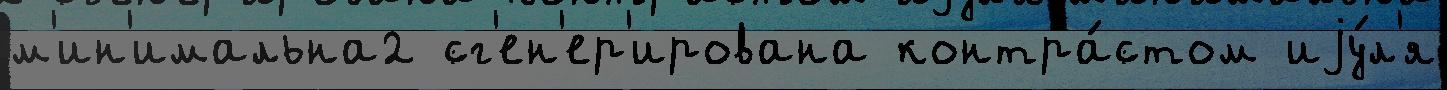
м'ин'имальна2 сг'ен'ер'ирована контра́стом иjу́л'я